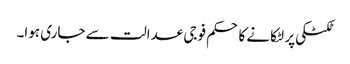
ٹکٹکی پر لٹکانے کا حکم فوجی عدالت سے جاری ہوا۔